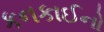
કનકાઈનો